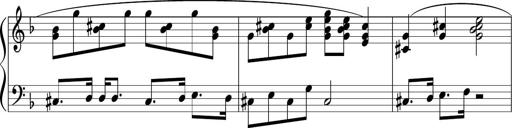
Title: Sonataette
Composer: Gergely Laszlo Matyas Jambor